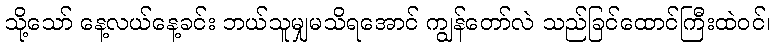
သို့သော် နေ့လယ်နေ့ခင်း ဘယ်သူမျှမသိရအောင် ကျွန်တော်လဲ သည်ခြင်ထောင်ကြီးထဲဝင်၊